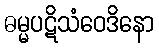
ဓမ္မပဋိသံဝေဒိနော